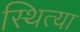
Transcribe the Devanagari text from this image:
स्थित्या